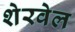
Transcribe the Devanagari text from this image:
शेरवेल